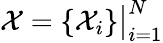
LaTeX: \mathcal{X}=\left\{ \mathcal{X}_{i}\right\} \big|_{i=1}^{N}